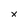
Character: x